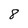
Character: 8